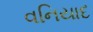
વનિયાદ